system: You are a helpful assistant.
user:
Analyze the provided spectrum to determine if it is a **White Dwarf (WD)**.

A White Dwarf spectrum is defined by its **extreme purity** (due to gravitational settling) and/or **extreme pressure broadening** (due to high surface gravity). You must check for one of the following mutually exclusive signatures:

- **Key Visual Indicators (Check for ONE of these types):**

    - **1. DA-Type Signature (Most Common):**
        - **(Primary Feature):** Extreme pressure broadening (Stark broadening) of the **Hydrogen (H) Balmer lines**.
        - **(Key Lines):** $H\beta$ (approx. $4861$ Å) and $H\gamma$ (approx. $4340$ Å). $H\alpha$ (approx. $6563$ Å) will also be present if the wavelength range covers it.
        - **(Line Profile):** This is the **defining feature**. The lines are **NOT** sharp. They appear as massive, **extremely broad and deep "troughs" or "dips"** in the spectrum, often hundreds of Ångströms wide. The continuum will appear to "scoop" down at these wavelengths.
        - **(Distinction):** Normal A-type or B-type stars have *narrow* and *sharp* Hydrogen lines. A DA White Dwarf's lines are unmistakably "smeared" or "blurry" from pressure.

    - **2. DB-Type Signature:**
        - **(Primary Feature):** Broad absorption lines from **Neutral Helium (He I)**. The spectrum must lack any visible Hydrogen lines.
        - **(Key Lines):** Look for broad absorption near $4471$ Å, $4921$ Å, and $5876$ Å.
        - **(Line Profile):** These lines are also significantly pressure-broadened, appearing much wider than they would in a normal B-type main-sequence star.

    - **3. DC-Type Signature:**
        - **(Primary Feature):** A **featureless continuous spectrum**.
        - **(Line Profile):** The spectrum is a smooth curve with **no significant absorption or emission lines**.
        - **(Key Confirmation):** The continuum is almost always **blue or white**, indicating a hot object. This signature implies the atmosphere is so pure (or so cool) that no spectral lines are visible in the optical range. Its WD identity is confirmed by its extremely low intrinsic brightness (high absolute magnitude).

    - **4. DZ-Type Signature (Metal-Polluted):**
        - **(Primary Feature):** **Isolated, narrow metal absorption lines** on an otherwise featureless (DC-like) continuum.
        - **(Key Lines):** The **Calcium (Ca II) H & K doublet** (approx. **$3934$ Å** and **$3968$ Å**) is the most common and defining feature.
        - **(Line Profile):** These lines are "out of place." They are *not* part of a "forest" of thousands of lines. This signature is evidence of recent *accretion* (pollution) from rocky debris.
        - **(Distinction):** Normal G/K/M stars have a *dense forest* of thousands of metal lines. A DZ has a *clean* continuum with *only a few* strong metal lines.

    - **5. DQ-Type Signature (Carbon-Polluted):**
        - **(Primary Feature):** Absorption bands from **Carbon (C₂ "Swan Bands" or atomic C I)**.
        - **(Key Lines - C₂):** Look for bandheads with a "saw-tooth" shape near $5635$ Å, **$5165$ Å** (strongest), and $4737$ Å.
        - **(Key Confirmation):** The underlying **continuum must be blue or white** (hot).
        - **(Distinction):** This is the critical difference from a **Carbon Star**, which has the *exact same* C₂ bands but on an extremely **red, cool** continuum.

- **(Overall Spectrum):**
    - The continuum (overall shape) is typically **blue-sloping** (brighter in the blue than the red), as most white dwarfs are very hot.
    - The spectrum will look "pure" or "simple," dominated by only *one* of the five signatures listed above.

Think first, call **spectral_visualization_tool** if needed to examine features in detail, then provide your final answer. Your response must adhere to the following strict rules:
1.  **Overall Structure:** Your response must follow the format `<think>...</think> <tool_call>...</tool_call> (if a tool is used) <answer>...</answer>`.
2.  **Tool Usage Constraint:** You may only make **one** tool call per turn.
3.  **Final Answer Format:** In the `<answer>` tag, your conclusion must be inside a `\boxed{}` command (e.g., `\boxed{YES}` or `\boxed{NO}`), followed by your justification.

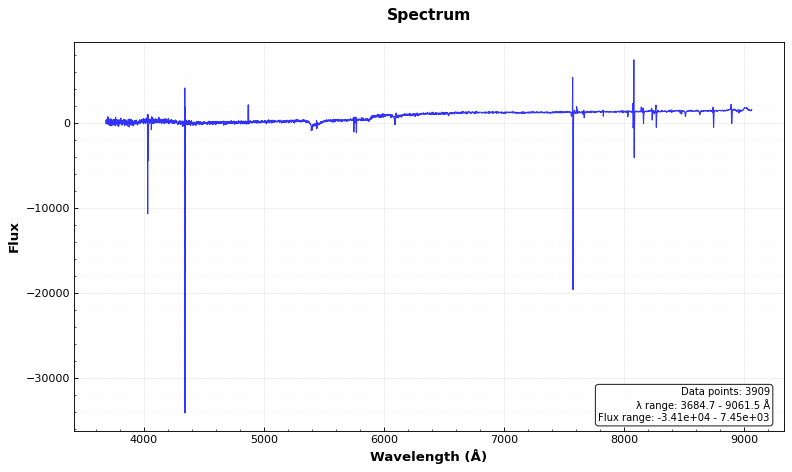
Answer: NO